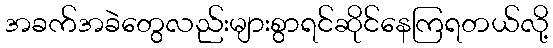
အခက်အခဲတွေလည်းများစွာရင်ဆိုင်နေကြရတယ်လို့